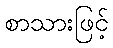
စာသားဖြင့်